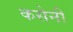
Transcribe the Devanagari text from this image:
कसेनी